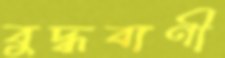
বুদ্ধবাণী